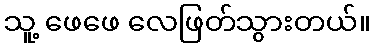
သူ့ ဖေဖေ လေဖြတ်သွားတယ်။